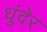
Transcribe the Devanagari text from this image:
धुंदेर